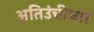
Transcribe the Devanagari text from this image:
अतिउंचीच्या